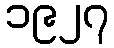
၁၉၂၇